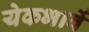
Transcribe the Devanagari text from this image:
येकभावें